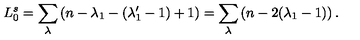
L _ { 0 } ^ { s } = \sum _ { \lambda } \left( n - \lambda _ { 1 } - ( \lambda _ { 1 } ^ { \prime } - 1 ) + 1 \right) = \sum _ { \lambda } \left( n - 2 ( \lambda _ { 1 } - 1 ) \right) { } .